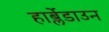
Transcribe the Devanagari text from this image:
हार्ब्लेडाउन